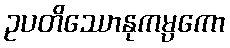
ဥပတိဿောနုကမ္ပကော